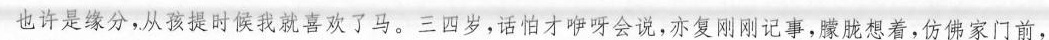
也许是缘分，从孩到慢就喜欢了马。三四岁，话才咿呀会说，亦复刚刚记事，朦胧想着，仿佛家门前，